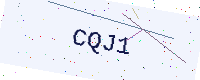
Text: CQJ1